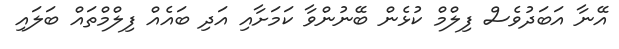
އޭނާ އަބަދުވެސް ފިލްމް ކުޅެން ބޭނުންވާ ކަމަށާއި އަދި ބައެއް ފިލްމްތައް ބަލައި